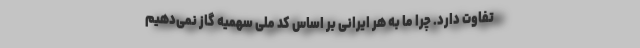
تفاوت دارد. چرا ما به هر ایرانی بر اساس کد ملی سهمیه گاز نمی‌دهیم